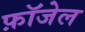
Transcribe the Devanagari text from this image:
फ़ॉजेल